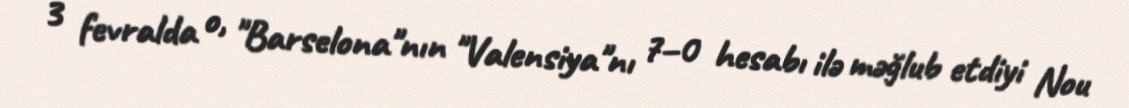
3 fevralda o, "Barselona"nın "Valensiya"nı 7–0 hesabı ilə məğlub etdiyi Nou